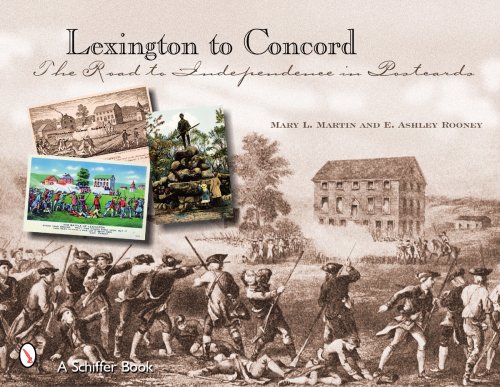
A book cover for Lexington to Concord: The Road to Independence in Postcards; Mary L. Martin; Travel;